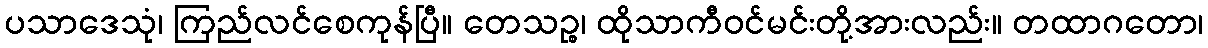
ပသာဒေသုံ၊ ကြည်လင်စေကုန်ပြီ။ တေသဉ္စ၊ ထိုသာကီဝင်မင်းတို့အားလည်း။ တထာဂတော၊